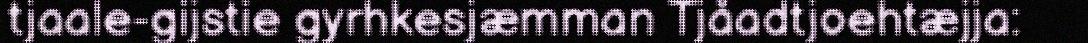
tjaale-gijstie gyrhkesjæmman Tjåadtjoehtæjja: